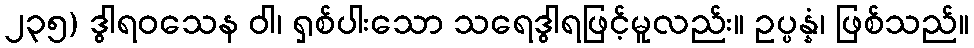
၂၃၅) ဒွါရဝသေန ဝါ၊ ရှစ်ပါးသော သရေဒွါရဖြင့်မူလည်း။ ဥပ္ပန္နံ၊ ဖြစ်သည်။